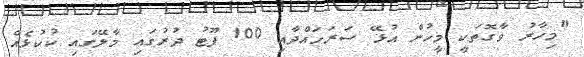
"މިހާރު ވާގޮތަކީ މީހުން އުޅޭ ސަރަހައްދާއި 100 ފޫޓު ދުރުގައި މާލޭގައި ކުކުޅެއް